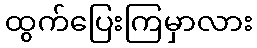
ထွက်ပြေးကြမှာလား